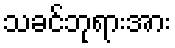
သခင်ဘုရားအား